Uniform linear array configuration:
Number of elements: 4
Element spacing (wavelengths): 0.75
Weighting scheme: exponential
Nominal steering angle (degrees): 0
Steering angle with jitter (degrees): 1.405
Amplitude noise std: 0.05
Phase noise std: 0.05

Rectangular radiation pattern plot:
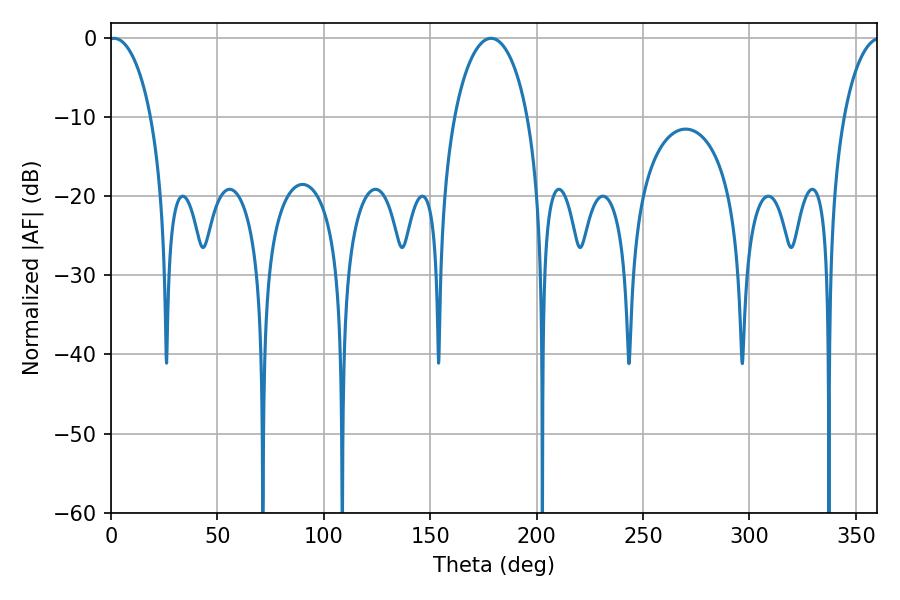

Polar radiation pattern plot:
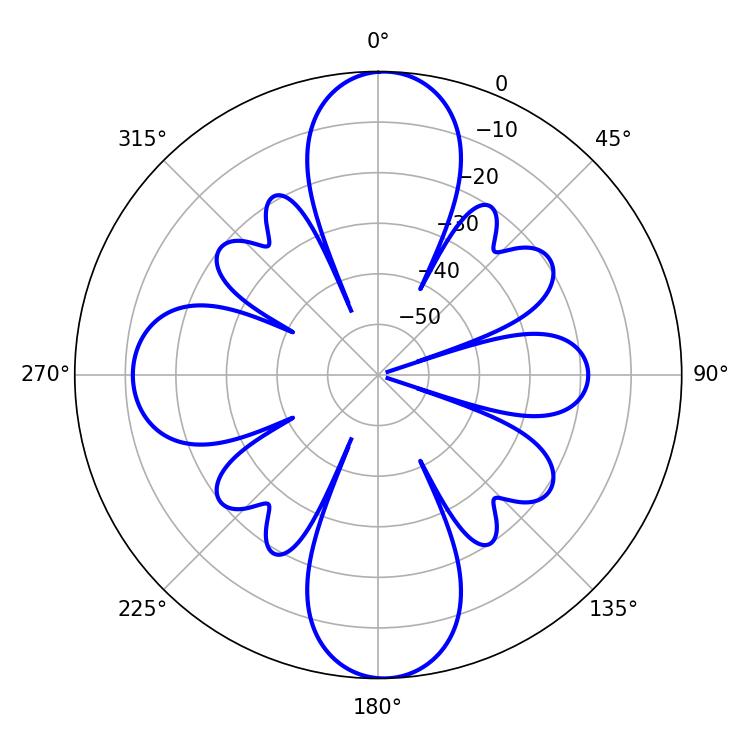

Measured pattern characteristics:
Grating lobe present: TRUE
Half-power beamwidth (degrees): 11.34
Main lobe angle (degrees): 1.44